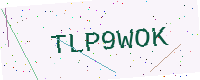
Text: TLP9WOK